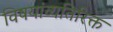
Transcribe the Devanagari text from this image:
विषयांव्यतिरिक्त